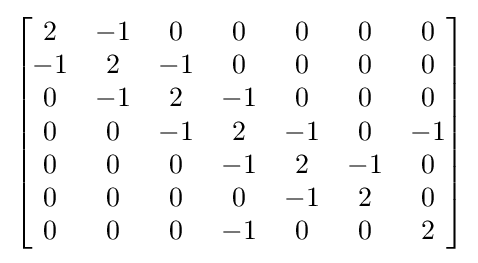
{\begin{bmatrix}2&-1&0&0&0&0&0\\-1&2&-1&0&0&0&0\\0&-1&2&-1&0&0&0\\0&0&-1&2&-1&0&-1\\0&0&0&-1&2&-1&0\\0&0&0&0&-1&2&0\\0&0&0&-1&0&0&2\end{bmatrix}}